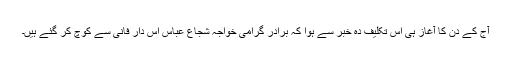
آج کے دن کا آغاز ہی اس تکلیف دہ خبر سے ہوا کہ برادر گرامی خواجہ شجاع عباس اس دار فانی سے کوچ کر گئے ہیں۔